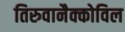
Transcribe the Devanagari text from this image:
तिरुवानैक्कोविल